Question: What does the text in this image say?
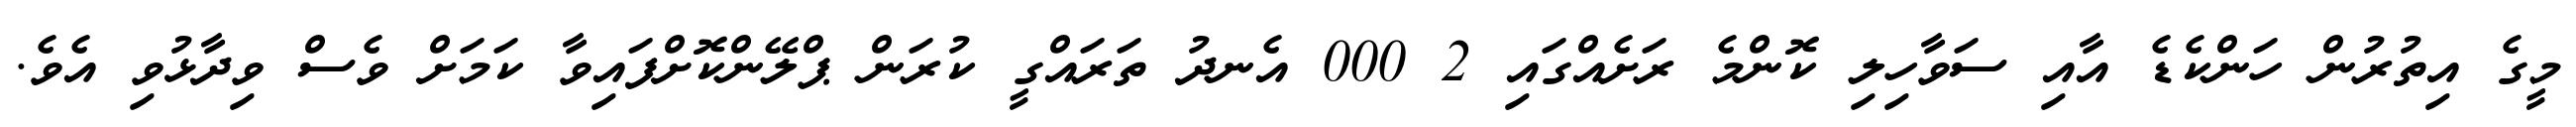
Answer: މީގެ އިތުރުން ހަންކެޑެ އާއި ސަވާހިލި ކޮންމެ ރަށެއްގައި 2 000 އެނދު ތަރައްގީ ކުރަން ޕްލޭންކޮށްފައިވާ ކަމަށް ވެސް ވިދާޅުވި އެވެ.